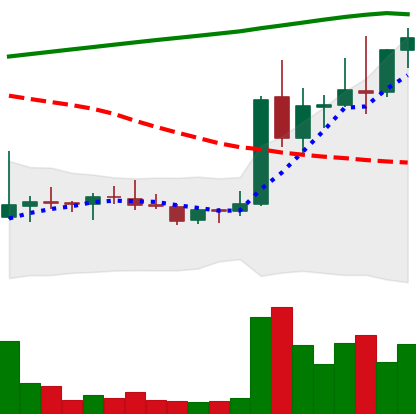
Ticker: DOGE-USD
Chart end date: 2021-08-14
Forward return: 8.198%
Label: up_7plus